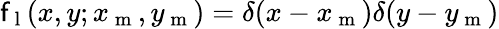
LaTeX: \mathsf{f}_{\mathrm{{~l~}}}(x,y;x_{\mathrm{{~m~}}},y_{\mathrm{{~m~}}})=\delta(x-x_{\mathrm{{~m~}}})\delta(y-y_{\mathrm{{~m~}}})